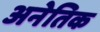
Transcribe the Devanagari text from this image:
अनेतिक